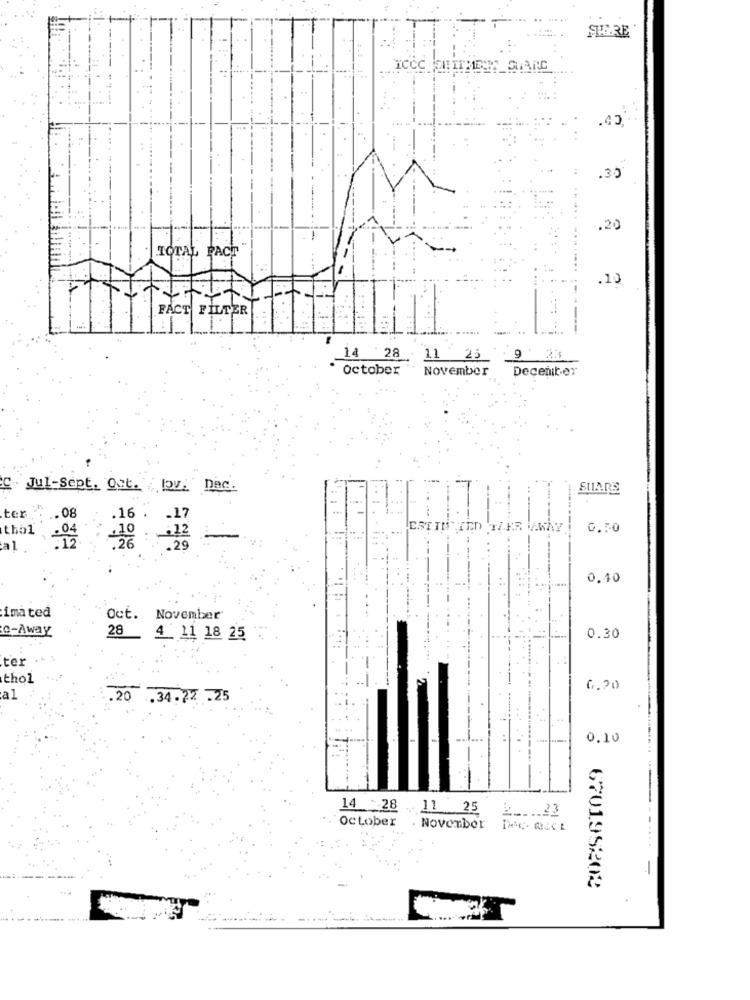
SHARE
.40
.35
.20
TOTAL FACT
.10
FACT FILTER
14 28 11 25 93
october
November
December
Jul-Sept. oct. Qv: Dec.
SHARE
ter . .. 08
.16
-17
thal
ESTIMATED HER AWAY
0.50
.10
-12
al
. 26
0,10
imated
Oct. November
o-Away
0.30
28
4 . 11 18 25
ter
thol
0,20
al
20 .34.22 .25
0.10
14 28
11 25
October . November
--.
670195202